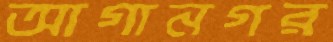
আগানগর